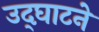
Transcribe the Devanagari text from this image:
उद्‌घाटने